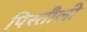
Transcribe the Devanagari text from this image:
पिस्तौलो